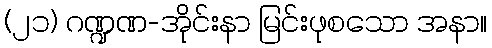
(၂၁) ဂဏ္ဍဏ-အိုင်းနာ မြင်းဖုစသော အနာ။